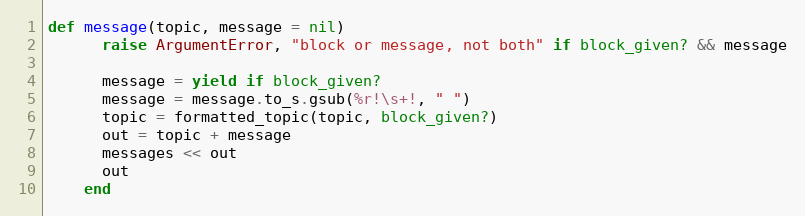
Language: Ruby
def message(topic, message = nil)
      raise ArgumentError, "block or message, not both" if block_given? && message

      message = yield if block_given?
      message = message.to_s.gsub(%r!\s+!, " ")
      topic = formatted_topic(topic, block_given?)
      out = topic + message
      messages << out
      out
    end